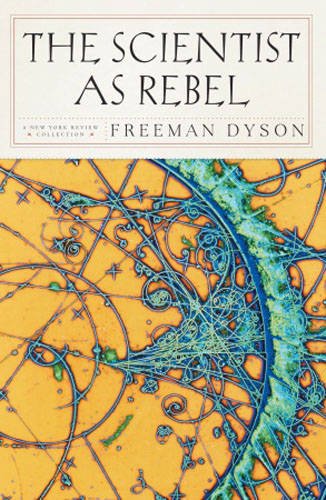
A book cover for The Scientist as Rebel (New York Review Books); Freeman Dyson; Science & Math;